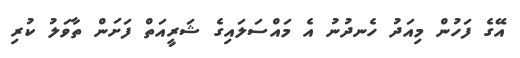
އޭގެ ފަހުން މިއަދު ހެނދުނު އެ މައްސަލައިގެ ޝަރީއަތް ފަށަން ތާވަލު ކުރި